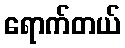
ရောက်တယ်